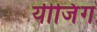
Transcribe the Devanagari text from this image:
यीजिंग